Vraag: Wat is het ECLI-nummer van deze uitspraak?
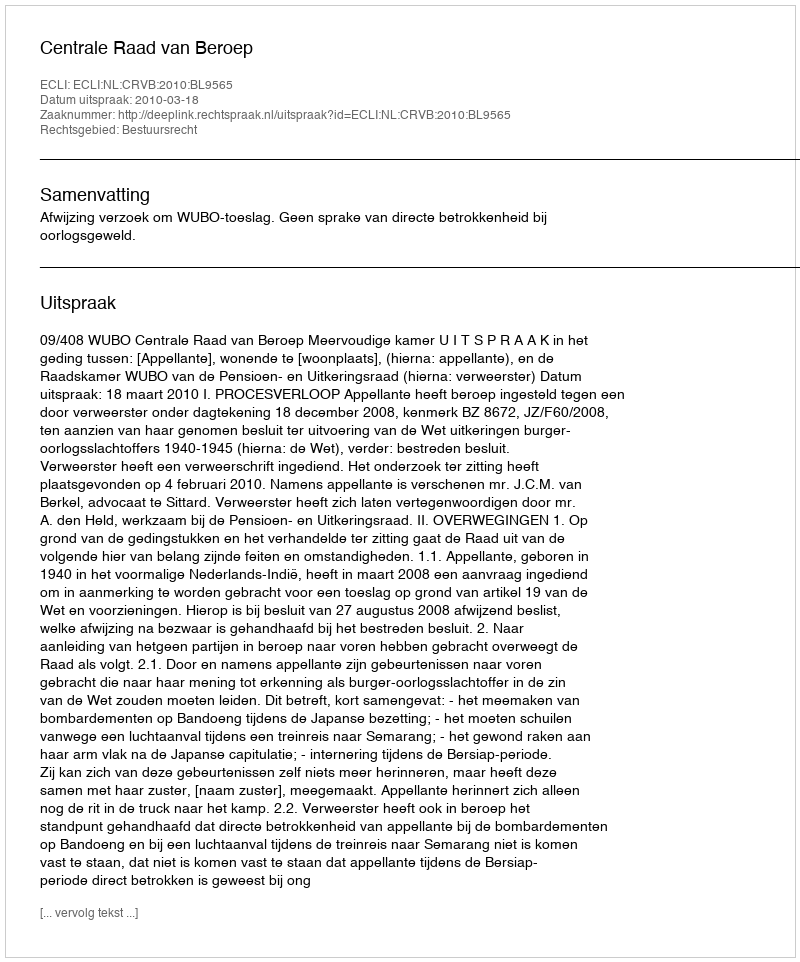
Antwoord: ECLI:NL:CRVB:2010:BL9565